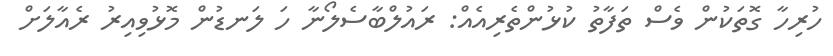
ހުރިހާ ގޮތަކުން ވެސް ތަފާތު ކުޅުންތެރިއެއް: ރައުލްބާސެލޯނާ ހަ ލަނޑުން މޮޅުވިއިރު ރެއާލަށް